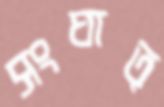
সংঘাত্